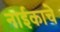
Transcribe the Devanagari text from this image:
नाईकाचे